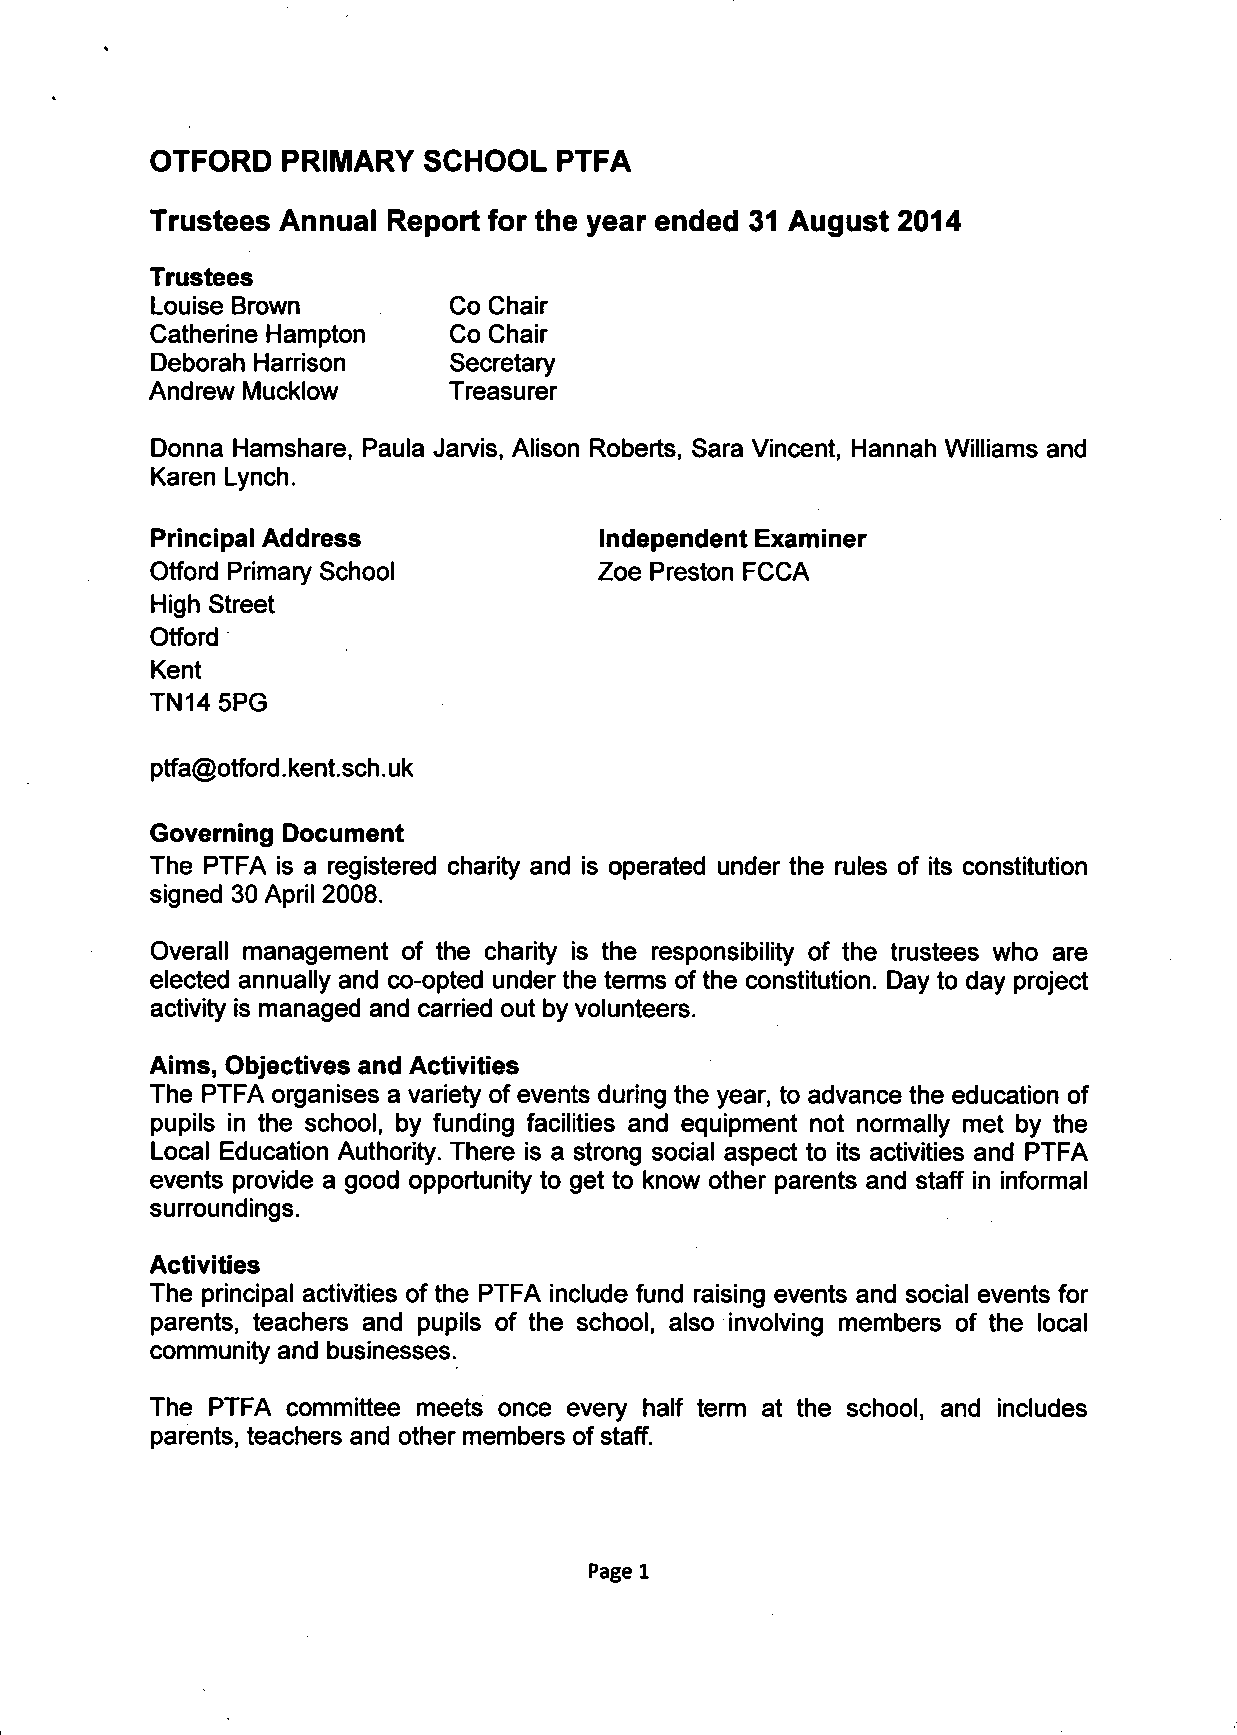
OTFORD   PRIMARY  SCHOOL   PTFA
 Trustees Annual Report for the year ended 31 August 2014
 Trustees
 Louise Brown        Co Chair
 Catherine Hampton   Co Chair
 Deborah Harrison    Secretary
 Andrew Mucklow      Treasurer
 Donna Hamshare, Paula Jarvis, Alison Roberts, Sara Vincent, Hannah Williams and
 Karen Lynch.
 Principal Address             Independent Examiner
 Otford Primary School         Zoe Preston FCCA
 High Street
 Otford
 Kent
 TN14 5PG
 ptfa@otford.kent.sch.uk
 Governing Document
 The PTFA is a registered charity and is operated under the rules of its constitution
 signed 30 April 2008.
 Overall management of the charity is the responsibility of the trustees who are
 elected annually and co-opted under the terms of the constitution. Day to day project
 activity is managed and carried out by volunteers.
 Aims, Objectives and Activities
 The PTFA organises a variety of events during the year, to advance the education of
 pupils in the school, by funding facilities and equipment not normally met by the
 Local Education Authority. There is a strong social aspect to its activities and PTFA
 events provide a good opportunity to get to know other parents and staff in informal
 surroundings.
 Activities
 The principal activities of the PTFA include fund raising events and social events for
 parents, teachers and pupils of the school, also involving members of the local
 community and businesses.
 The PTFA committee meets once every half term at the school, and includes
 parents, teachers and other members of staff.
 Page 1